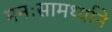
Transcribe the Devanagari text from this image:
मनःसामर्थ्याने